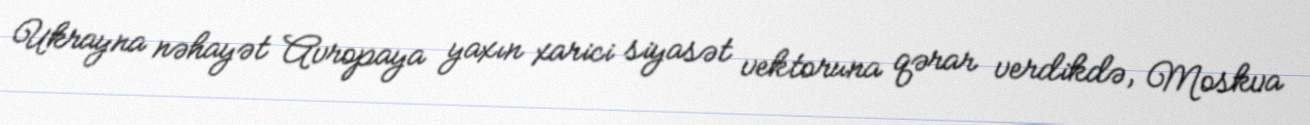
Ukrayna nəhayət Avropaya yaxın xarici siyasət vektoruna qərar verdikdə, Moskva